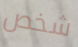
شخص